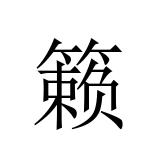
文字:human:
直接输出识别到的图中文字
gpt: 籁